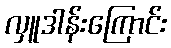
လှူဒါန်းကြောင်း